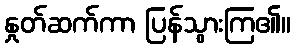
နှုတ်ဆက်ကာ ပြန်သွားကြ၏။